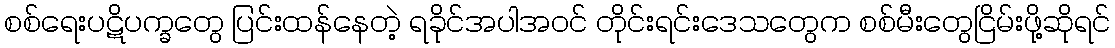
စစ်ရေးပဋိပက္ခတွေ ပြင်းထန်နေတဲ့ ရခိုင်အပါအဝင် တိုင်းရင်းဒေသတွေက စစ်မီးတွေငြိမ်းဖို့ဆိုရင်